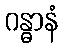
ဂန္ဓာနံ